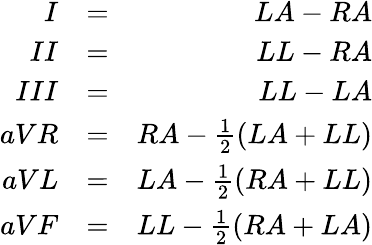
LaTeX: \begin{array}{rlr}{I}&{=}&{LA-RA}\\ {II}&{=}&{LL-RA}\\ {III}&{=}&{LL-LA}\\ {aVR}&{=}&{RA-\frac{1}{2}(LA+LL)}\\ {aVL}&{=}&{LA-\frac{1}{2}(RA+LL)}\\ {aVF}&{=}&{LL-\frac{1}{2}(RA+LA)}\end{array}